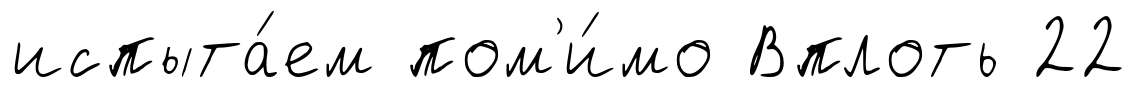
испыта́ем пом'и́мо Вплоть 22